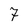
Character: 7